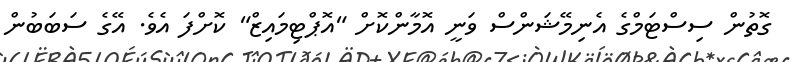
ގޮތުން ސިސްޓަމްގެ އެނިމޭޝަންސް ވަނީ އޮމާންކޮށް "އޮޕްޓިމައިޒް" ކޮށްފަ އެވެ. އޭގެ ސަބަބުން